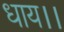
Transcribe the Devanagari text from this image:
धाय।।